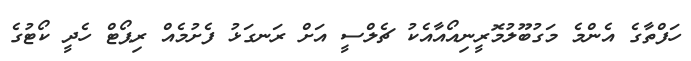
ހަފްތާގެ އެންމެ މަގުބޫލުމޮރީނިއޯއާއެކު ޗެލްސީ އަށް ރަނގަޅު ފެށުމެއް ރިޕޯޓް ހެދީ ކޯޓުގެ